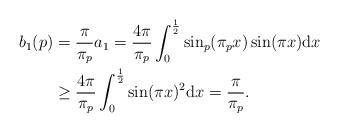
LaTeX: \begin{align*} b_1(p) &=\frac{\pi}{\pi_p}a_1=\frac{4\pi}{\pi_p}\int_0^\frac{1}{2}\sin_p(\pi_px)\sin(\pi x)\mathrm{d}x\\&\geq \frac{4\pi}{\pi_p}\int_0^\frac{1}{2} \sin(\pi x)^2\mathrm{d}x=\frac{\pi}{\pi_p}.\end{align*}